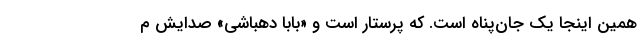
همین اینجا یک جان‌پناه است. که پرستار است و «بابا دهباشی» صدایش م